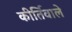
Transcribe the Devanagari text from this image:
कीर्तिवाले